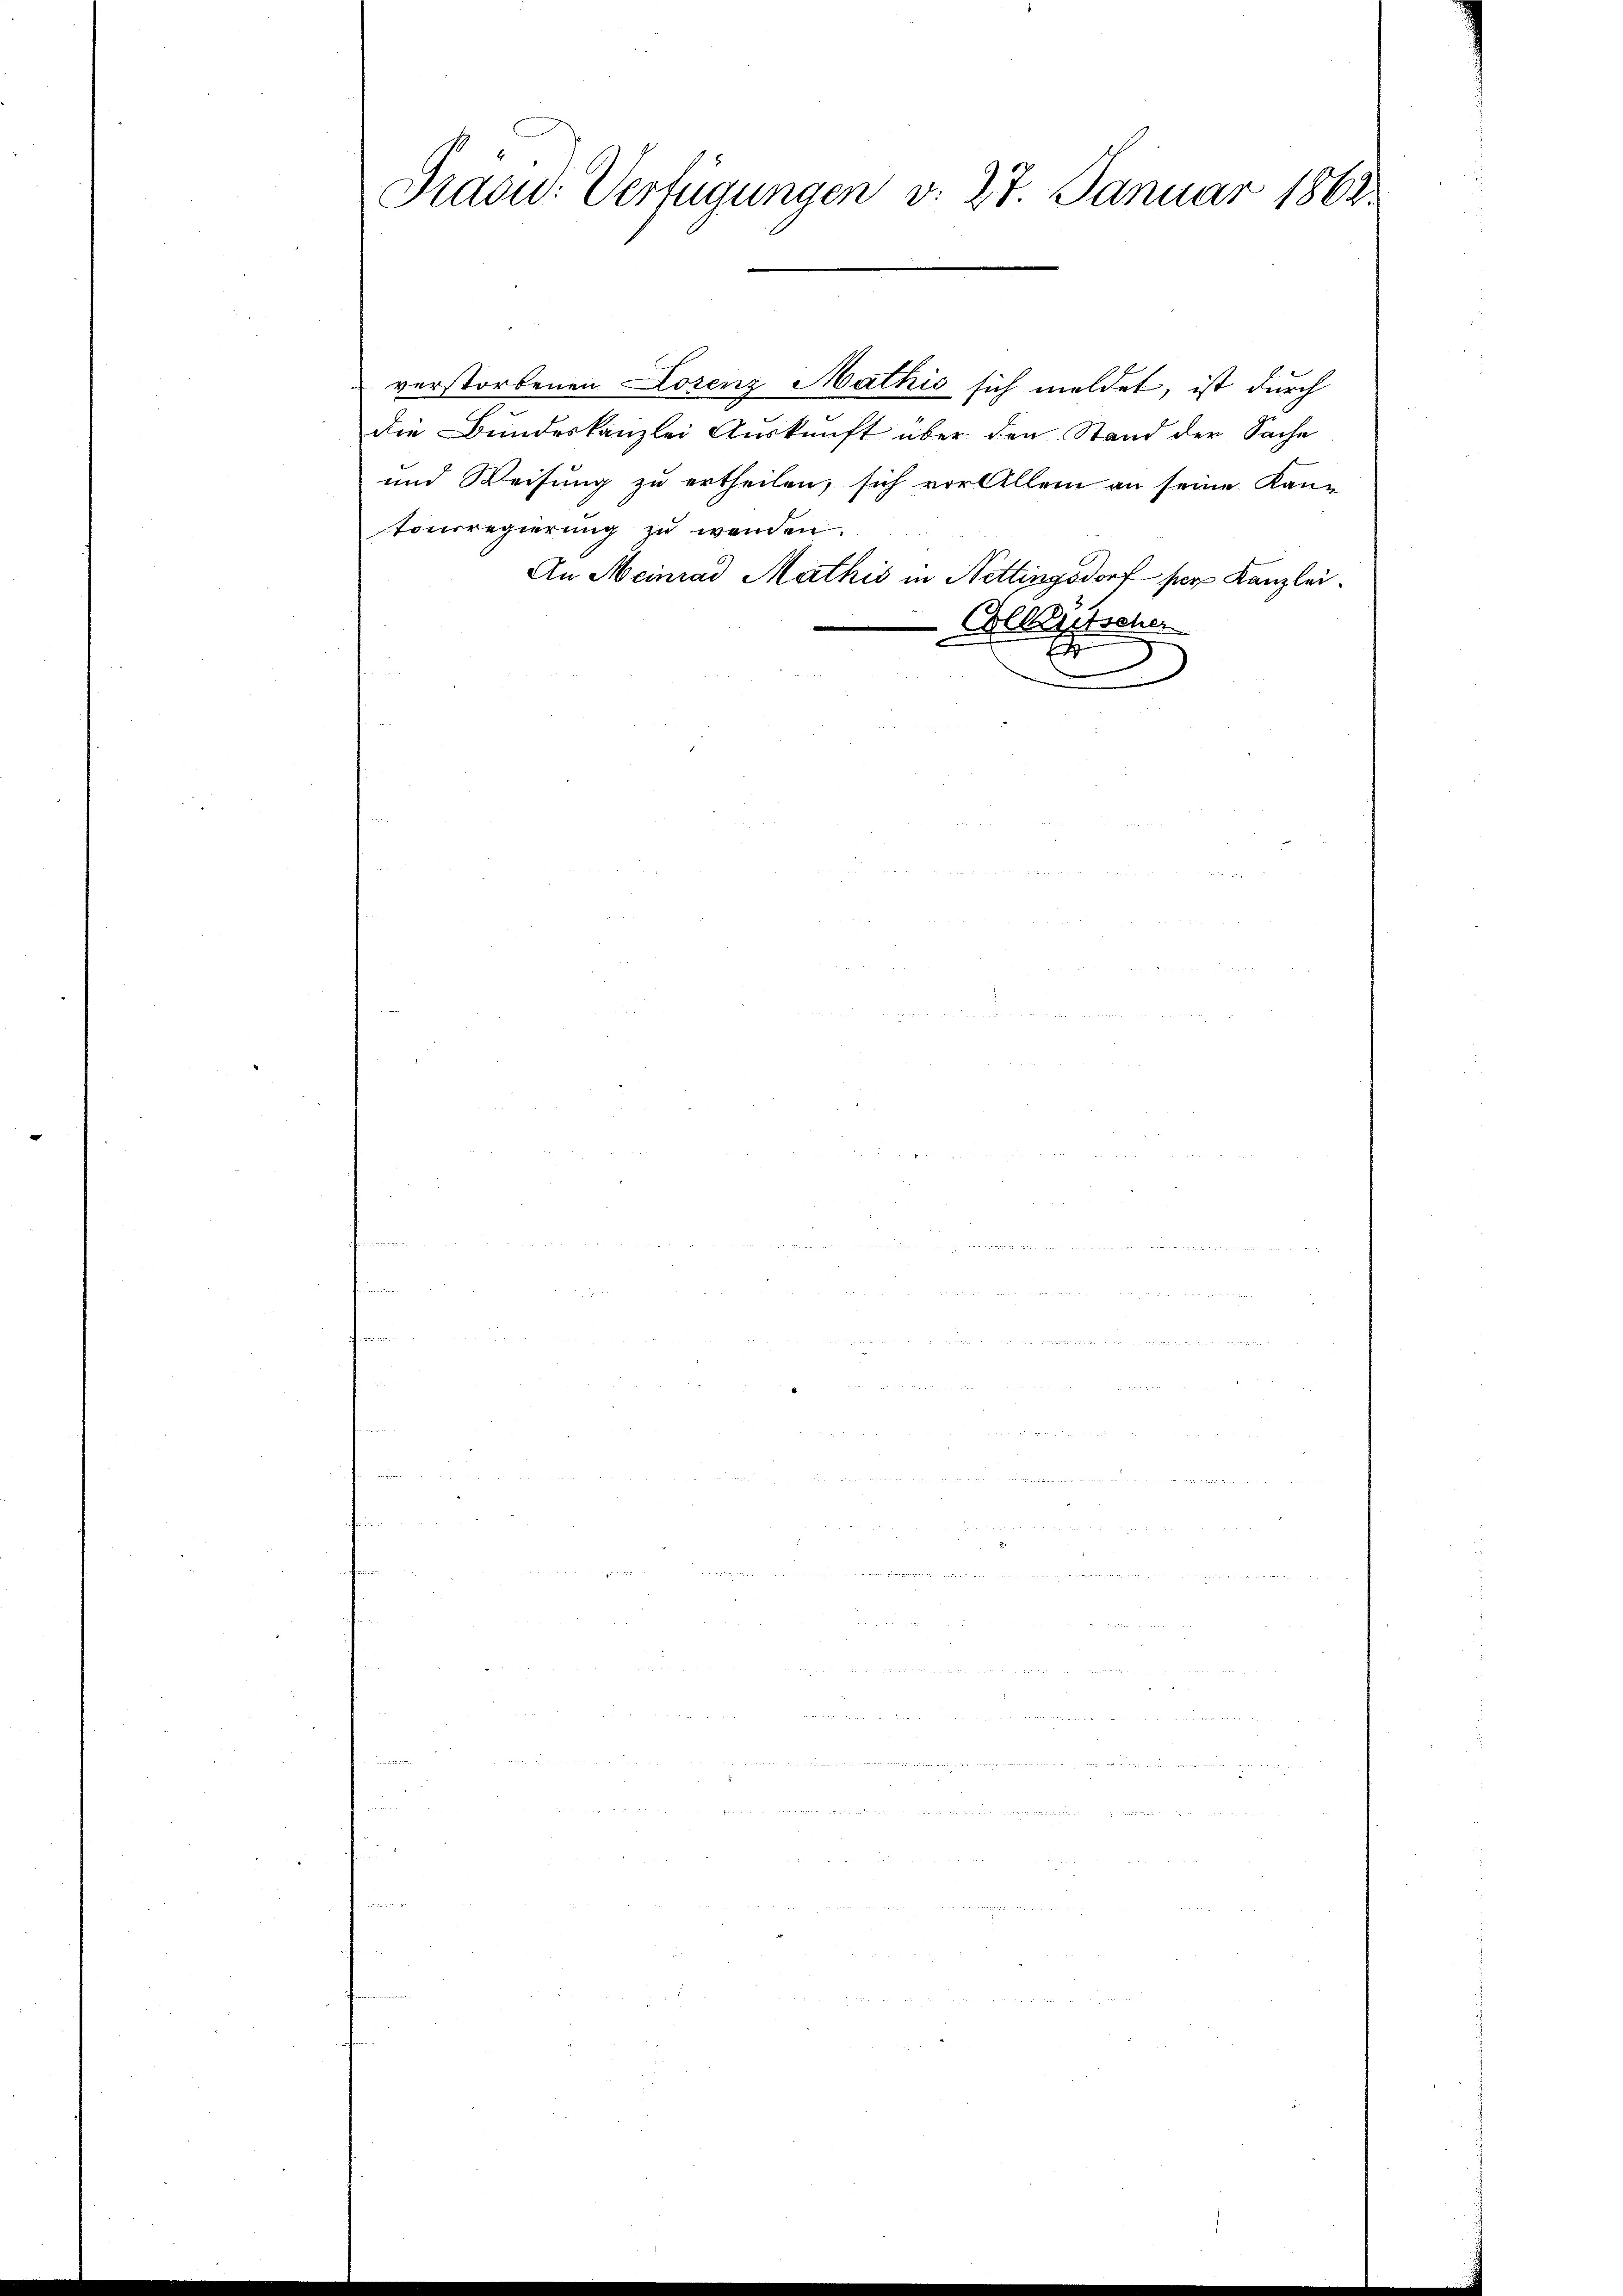
Präce: Verfügungen v. 27. Januar 1862

verstorbenen Lorenz Mathis sich meldet, ist durch
die Bundeskanzlei Auskunft über den Stand der Sache
und Weisung zu ertheilen, sich vor Allem an seine Kantonsregierung zu werden.
An Meinrad Mathis in Nettingsdorf per Kanzlei¬
Olleutscher
Es